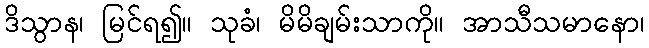
ဒိသွာန၊ မြင်ရ၍။ သုခံ၊ မိမိချမ်းသာကို။ အာသီသမာနော၊